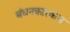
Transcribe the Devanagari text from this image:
बंधनकारकच